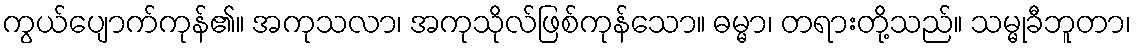
ကွယ်ပျောက်ကုန်၏။ အကုသလာ၊ အကုသိုလ်ဖြစ်ကုန်သော။ ဓမ္မာ၊ တရားတို့သည်။ သမ္မုခီဘူတာ၊